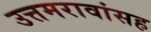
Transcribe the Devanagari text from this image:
उत्तमरावांसह